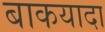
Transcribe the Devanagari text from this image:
बाकयादा